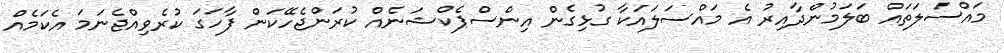
މައްސަލަތައް ބަލަމުންދާއިރު އެ މައްސަލައަކާ ގުޅިގެން އިންސްޕެކްޝަނެއް ކުރަންޖެހޭކަން ފާހަގަ ކުރެވިއްޖެނަމަ އެކަމެއް